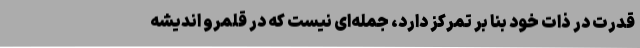
قدرت در ذات خود بنا بر تمرکز دارد، جمله‌ای نیست که در قلمرو اندیشه